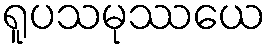
ရူပသမုဿယေ